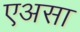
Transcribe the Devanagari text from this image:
एअसा